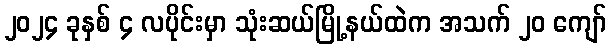
၂၀၂၄ ခုနှစ် ၄ လပိုင်းမှာ သုံးဆယ်မြို့နယ်ထဲက အသက် ၂၀ ကျော်